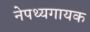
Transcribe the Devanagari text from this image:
नेपथ्यगायक